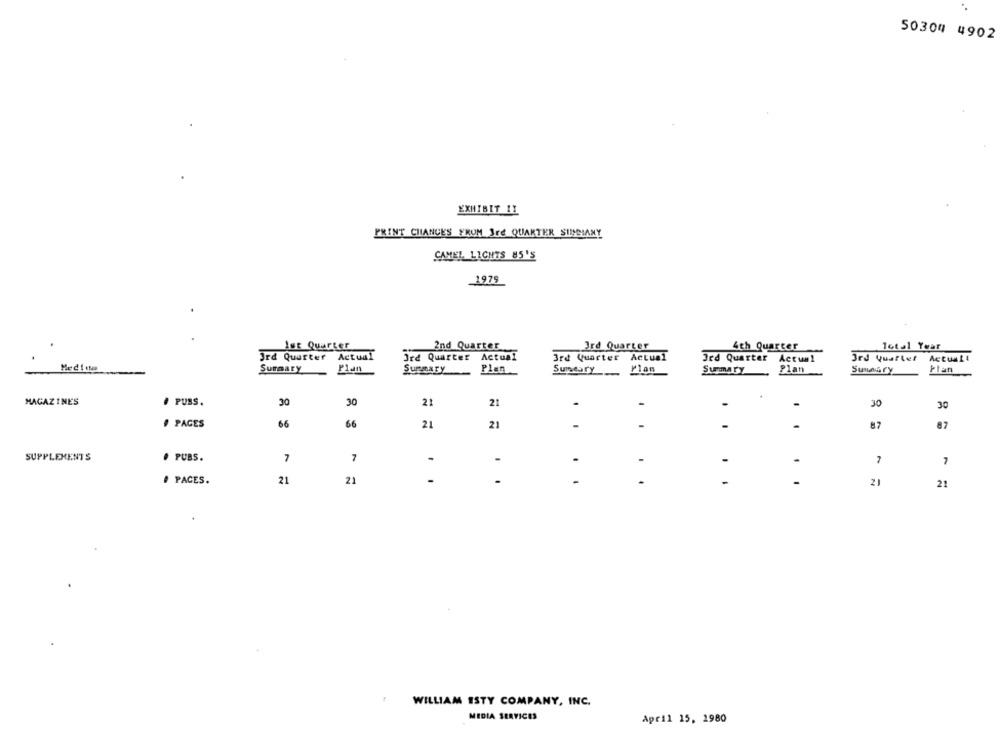
50304 4902
EXHIBIT 11
PRINT CHANGES FRUM Jre QUARTER SINGMANY
CAMEL LIGHTS 85'S
1979
Ist Quarter
2nd Quarter
3rd Quarter
4th Quarter
Total Year
3rd Quarter Actual
3rd Quarter Actual
3rd Quarter Actual
3rd Quarter Actualt
Jed Quarter Actual
Medica
Surmary
Summary
Plan
Summary , Plan
SuuGry
Plan
Sumeary
PUSS.
30
MAGAZINES
30
21
21
-
-
30
30
PAGES
66
66
21
21
87
87
SUPPLEMENTS
. PUBS.
7
7
-
-
-
7
# PACES.
21
21
-
-
-
21
21
WILLIAM ISTY COMPANY, INC.
MEDIA SERVICES
April 15, 1980